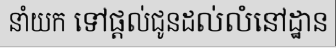
នាំយក ទៅផ្តល់ជូនដល់លំនៅដ្ឋាន